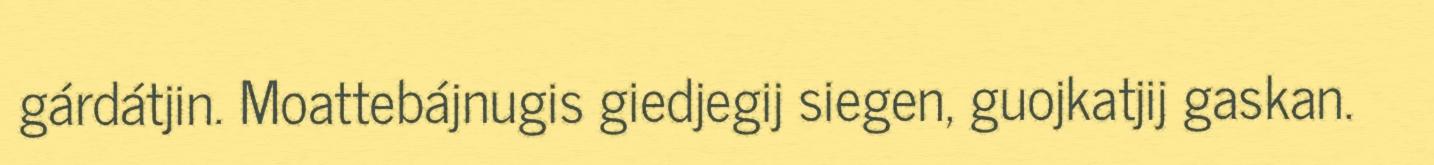
gárdátjin. Moattebájnugis giedjegij siegen, guojkatjij gaskan.